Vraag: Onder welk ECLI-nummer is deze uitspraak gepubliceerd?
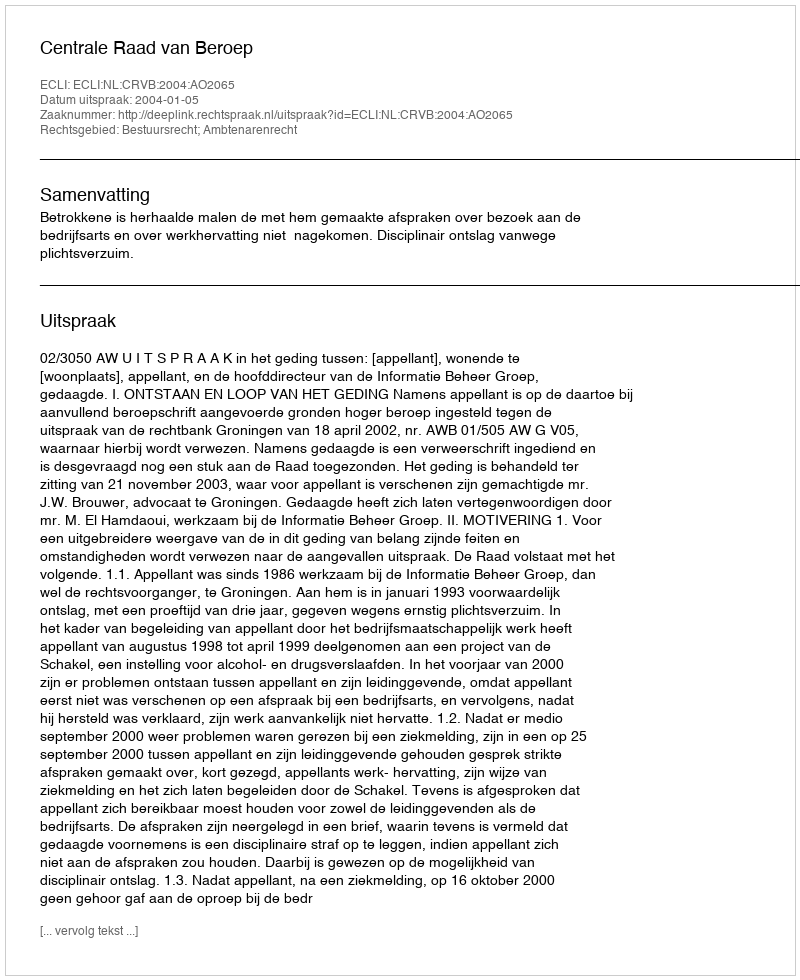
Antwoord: ECLI:NL:CRVB:2004:AO2065